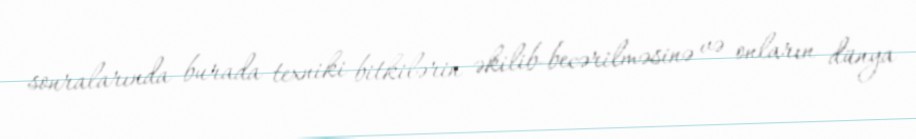
sonralarında burada texniki bitkilərin əkilib-becərilməsinə və onların dünya